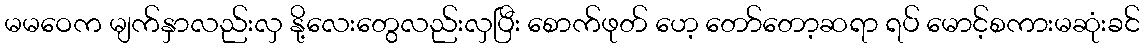
မမဝေက မျက်နှာလည်းလှ နို့လေးတွေလည်းလှပြီး စောက်ဖုတ် ဟေ့ တော်တော့ဆရာ ရပ် မောင့်စကားမဆုံးခင်